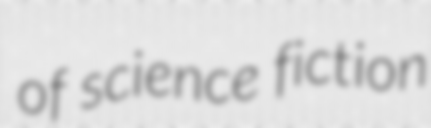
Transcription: of science fiction